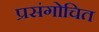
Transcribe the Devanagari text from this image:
प्रसंगोचित